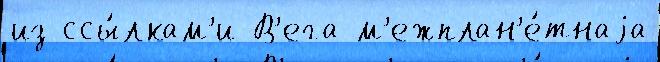
из ссы́лкам'и В'ега м'ежплан'е́тнаjа